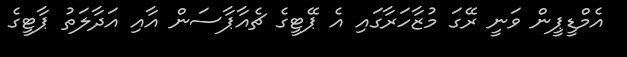
އެމްޑީޕީން ވަނީ ރޭގަ މުޒާހަރާގައި އެ ޕޭޓީގެ ޗެއާޕާސަން އާއި އަދާލަތު ޕާޓީގެ